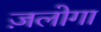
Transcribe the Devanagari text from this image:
ज़लोगा